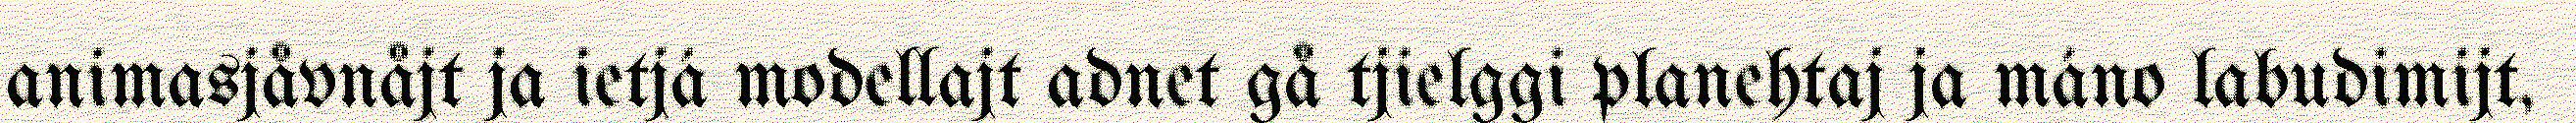
animasjåvnåjt ja ietjá modellajt adnet gå tjielggi planehtaj ja máno labudimijt,